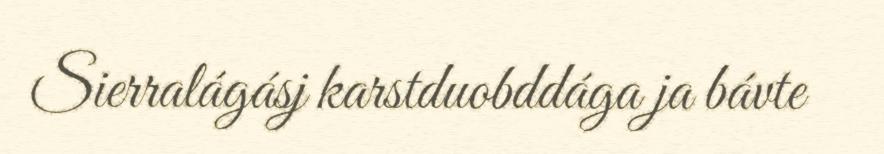
Sierralágásj karstduobddága ja bávte